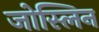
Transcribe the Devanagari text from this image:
जोस्लिन